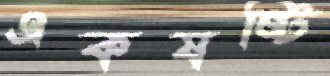
একষষ্টি